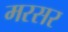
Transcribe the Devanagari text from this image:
मरसर